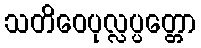
သတိဝေပုလ္လပ္ပတ္တော